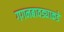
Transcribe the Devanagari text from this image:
गगनबावड्याकडे